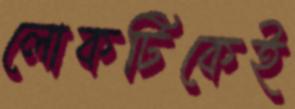
লোকটিকেই